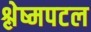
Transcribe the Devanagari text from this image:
श्लेष्मपटल